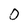
Character: 0